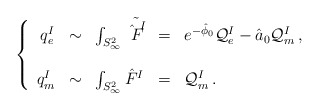
\begin{align*}\left\{\begin{array}{rclcl}q_{e}^{I} & \sim & \int_{S^{2}_{\infty}} \tilde{\hat{F}^{I}} & = & e^{-\hat{\phi}_{0}}{\cal Q}_{e}^{I} -\hat{a}_{0}{\cal Q}_{m}^{I}\, , \\& & \\q_{m}^{I} & \sim & \int_{S^{2}_{\infty}} \hat{F}^{I}& = & {\cal Q}_{m}^{I}\, . \\\end{array}\right.\end{align*}